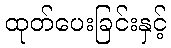
ထုတ်ပေးခြင်းနှင့်